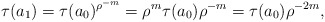
\begin{align*} \tau(a_1) = \tau(a_0)^{\rho^{-m}} = \rho^{m}\tau(a_0)\rho^{-m} = \tau(a_0)\rho^{-2m}, \end{align*}